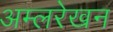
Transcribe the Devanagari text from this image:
अम्लरेखन